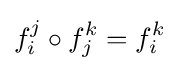
f_{i}^{j}\circ f_{j}^{k}=f_{i}^{k}